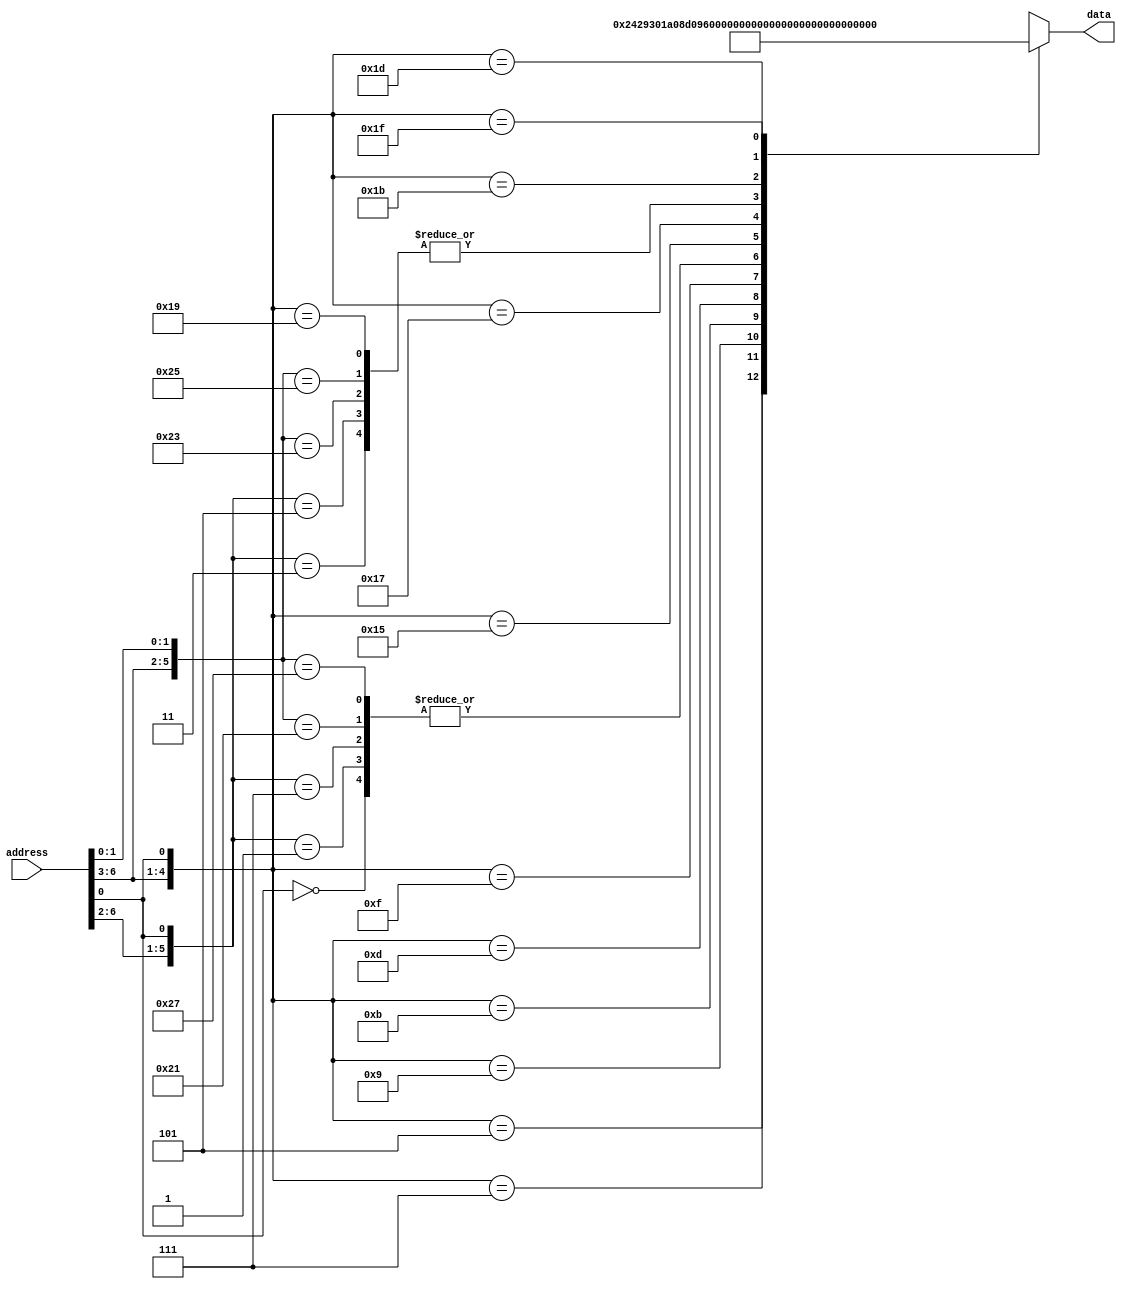
module decoder (input wire [6:0] address,
               output reg [12:0] data);

  always @ ( address ) begin
    casex (address)
    7'bxxxxxx0: data <= 13'b1000000001000;
    7'b00001x1: data <= 13'b0100000001000;
    7'b00000x1: data <= 13'b1000000001000;
    7'b00011x1: data <= 13'b1000000001000;
    7'b00010x1: data <= 13'b0100000001000;
    7'b0010xx1: data <= 13'b0001001000010;
    7'b0011xx1: data <= 13'b1001001100000;
    7'b0100xx1: data <= 13'b0011010000010;
    7'b0101xx1: data <= 13'b0011010000100;
    7'b0110xx1: data <= 13'b1011010100000;
    7'b0111xx1: data <= 13'b1000000111000;
    7'b1000x11: data <= 13'b0100000001000;
    7'b1000x01: data <= 13'b1000000001000;
    7'b1001x11: data <= 13'b1000000001000;
    7'b1001x01: data <= 13'b0100000001000;
    7'b1010xx1: data <= 13'b0011011000010;
    7'b1011xx1: data <= 13'b1011011100000;
    7'b1100xx1: data <= 13'b0100000001000;
    7'b1101xx1: data <= 13'b0000000001001;
    7'b1110xx1: data <= 13'b0011100000010;
    7'b1111xx1: data <= 13'b1011100100000;
    endcase
  end
endmodule